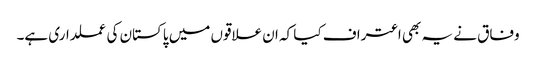
وفاق نے یہ بھی اعتراف کیا کہ ان علاقوں میں پاکستان کی عملداری ہے۔